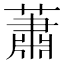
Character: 蕭